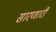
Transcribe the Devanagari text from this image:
सारणारी